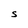
Character: S